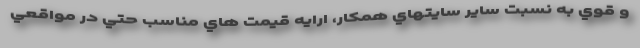
و قوي به نسبت ساير سايتهاي همكار، ارايه قيمت هاي مناسب حتي در مواقعي